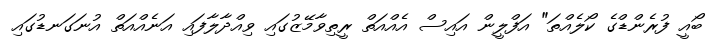
ބޯއީ ފުރެންޑްގެ ކޯލެއްތަ" އަފްލީން އައިސް އެއްއަތް ރީތިވާމޭޒުގައި ވިއްދާލާފައި އަނެއްއަތް އުނަގަނޑުގައި